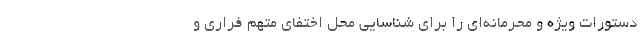
دستورات ویژه و محرمانه‌ای را برای شناسایی محل اختفای متهم فراری و